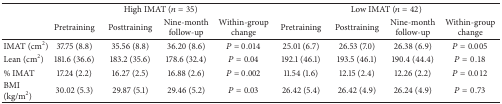
<table><thead><tr><td><b> </b></td><td colspan="4"><b>High IMAT (<i>n</i> = 35)</b></td><td colspan="4"><b>Low IMAT (<i>n</i> = 42)</b></td></tr><tr><td><b> </b></td><td><b>Pretraining</b></td><td><b>Posttraining</b></td><td><b>Nine-month follow-up</b></td><td><b>Within-group change</b></td><td><b>Pretraining</b></td><td><b>Posttraining</b></td><td><b>Nine-month follow-up</b></td><td><b>Within-group change</b></td></tr></thead><tbody><tr><td>IMAT (cm<sup>2</sup>)</td><td>37.75 (8.8)</td><td>35.56 (8.8)</td><td>36.20 (8.6)</td><td><i>P</i> = 0.014</td><td>25.01 (6.7)</td><td>26.53 (7.0)</td><td>26.38 (6.9)</td><td><i>P</i> = 0.005</td></tr><tr><td>Lean (cm<sup>2</sup>)</td><td>181.6 (36.6)</td><td>183.2 (35.6)</td><td>178.6 (32.4)</td><td><i>P</i> = 0.04</td><td>192.1 (46.1)</td><td>193.5 (46.1)</td><td>190.4 (44.4)</td><td><i>P</i> = 0.18</td></tr><tr><td>% IMAT</td><td>17.24 (2.2)</td><td>16.27 (2.5)</td><td>16.88 (2.6)</td><td><i>P</i> = 0.002</td><td>11.54 (1.6)</td><td>12.15 (2.4)</td><td>12.26 (2.2)</td><td><i>P</i> = 0.012</td></tr><tr><td>BMI (kg/m<sup>2</sup>)</td><td>30.02 (5.3)</td><td>29.87 (5.1)</td><td>29.46 (5.2)</td><td><i>P</i> = 0.03</td><td>26.42 (5.4)</td><td>26.42 (4.9)</td><td>26.24 (4.9)</td><td><i>P</i> = 0.73</td></tr></tbody></table>